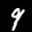
Label: 9